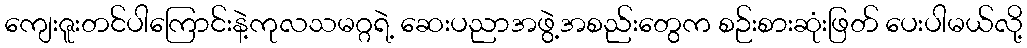
ကျေးဇူးတင်ပါကြောင်းနဲ့ကုလသမဂ္ဂရဲ့ ဆေးပညာအဖွဲ့အစည်းတွေက စဉ်းစားဆုံးဖြတ် ပေးပါမယ်လို့